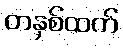
တနှစ်ထက်